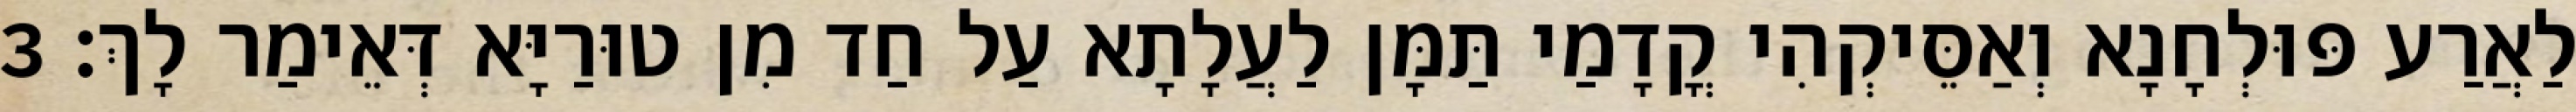
לַאֲרַע פּוּלְחָנָא וְאַסֵּיקְהִי קֳדָמַי תַּמָּן לַעֲלָתָא עַל חַד מִן טוּרַיָּא דְּאֵימַר לָךְ׃ 3